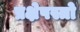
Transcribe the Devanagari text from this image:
प्रक्षेपस्त्रो